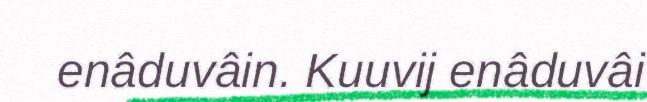
enâduvâin. Kuuvij enâduvâi